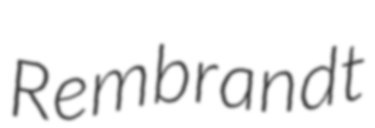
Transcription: Rembrandt